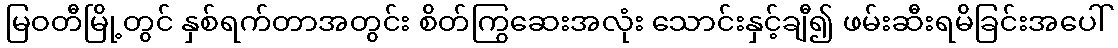
မြဝတီမြို့တွင် နှစ်ရက်တာအတွင်း စိတ်ကြွဆေးအလုံး သောင်းနှင့်ချီ၍ ဖမ်းဆီးရမိခြင်းအပေါ်